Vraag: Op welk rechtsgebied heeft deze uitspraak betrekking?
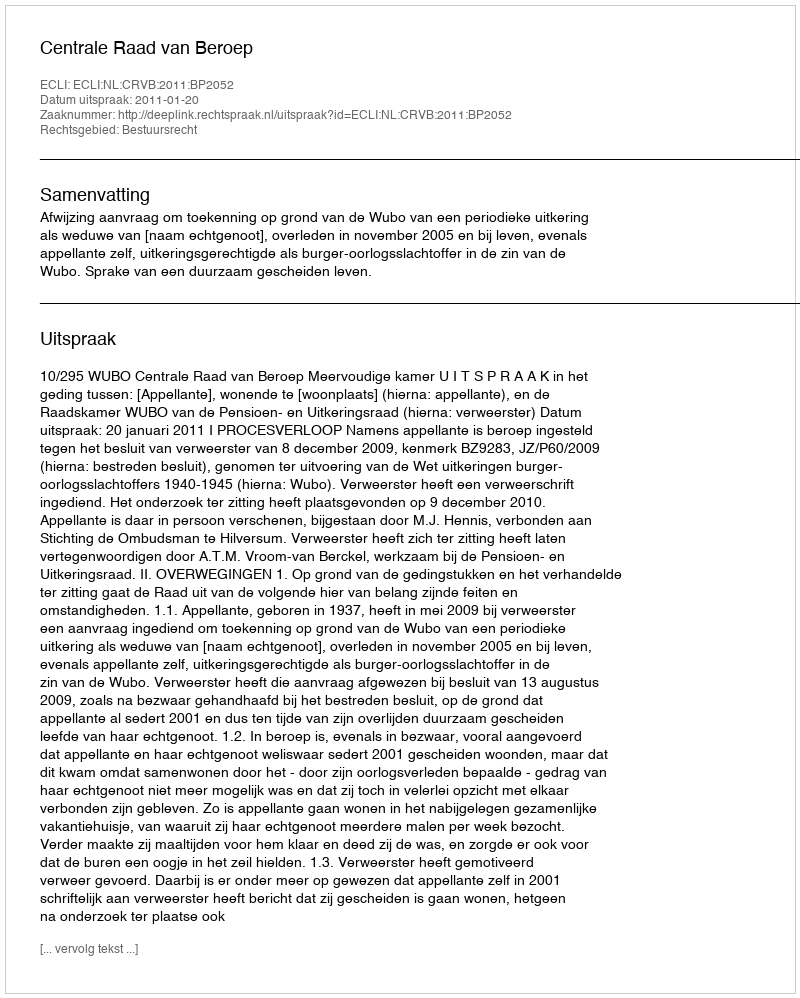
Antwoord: Bestuursrecht